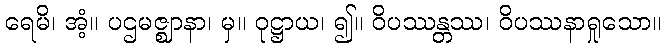
ရေမိ၊ အံ့။ ပဌမဇ္ဈာနာ၊ မှ။ ဝုဋ္ဌာယ၊ ၍။ ဝိပဿန္တဿ၊ ဝိပဿနာရှုသော။